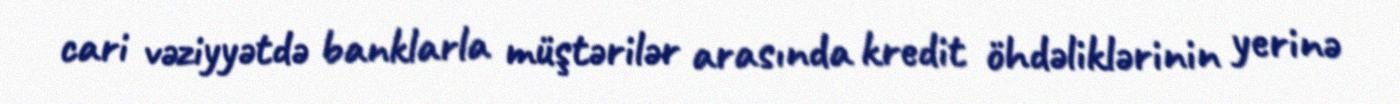
cari vəziyyətdə banklarla müştərilər arasında kredit öhdəliklərinin yerinə